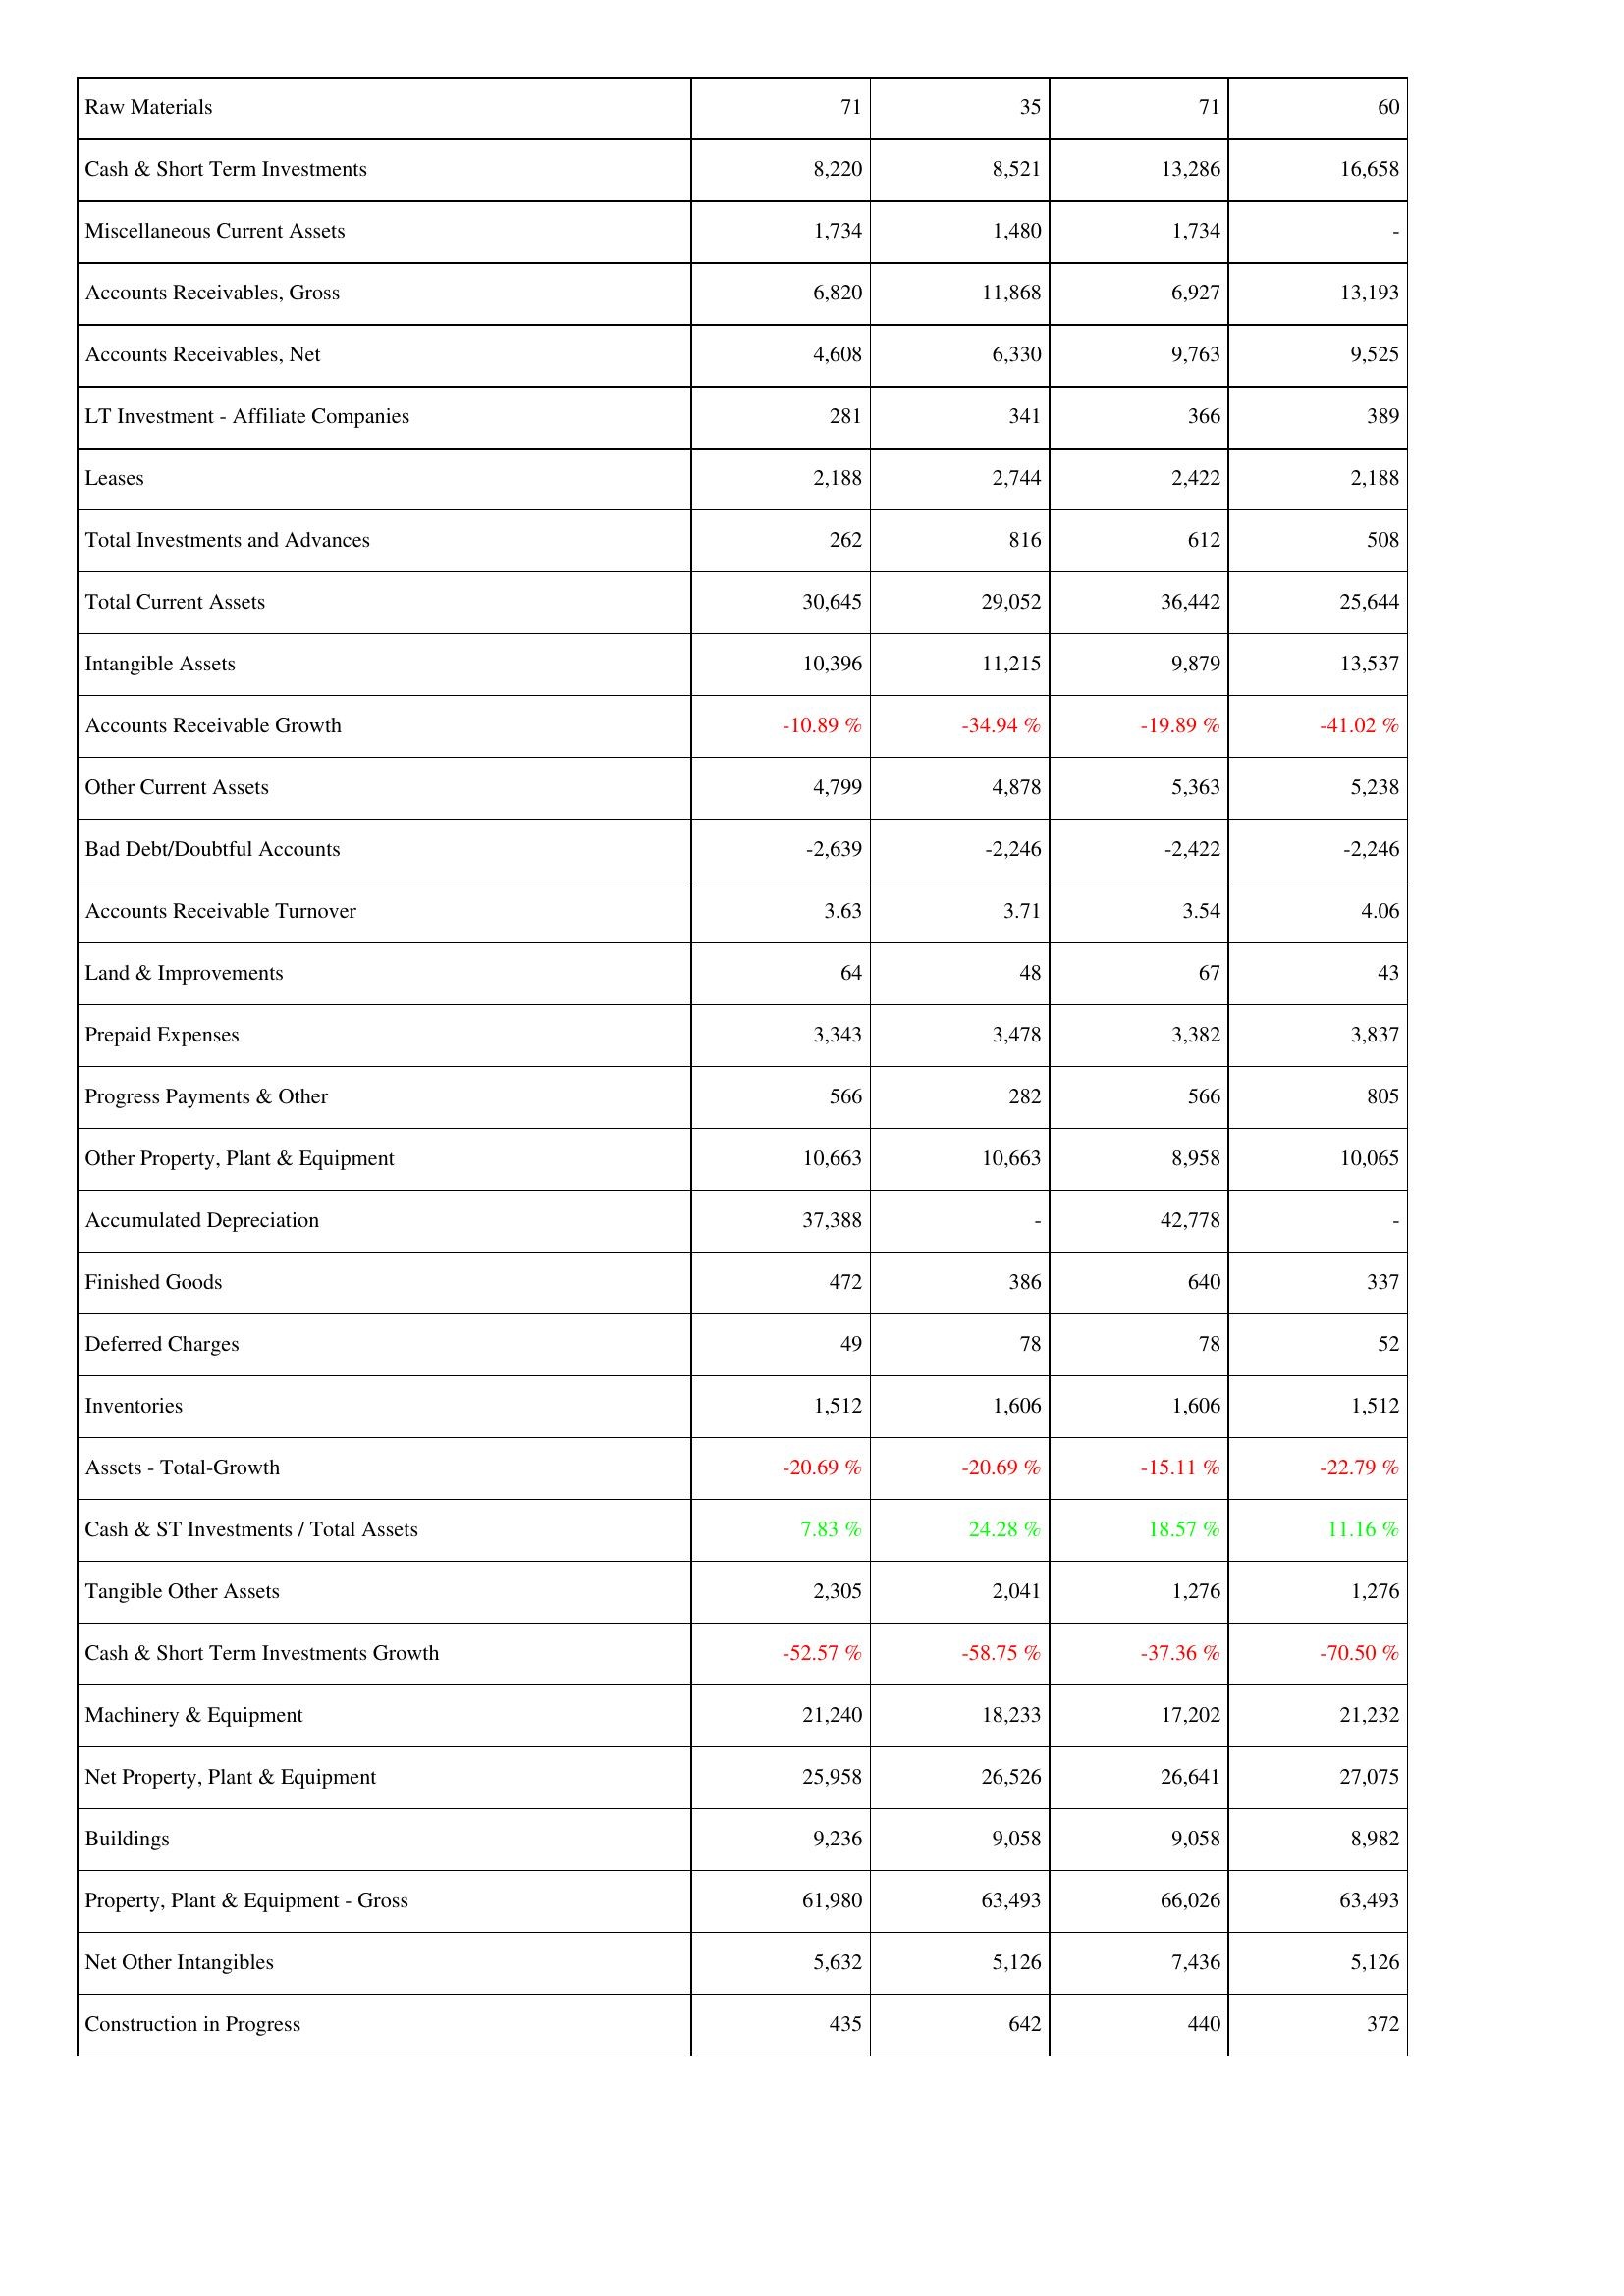
2015: Assets: Raw Materials: 71
Cash & Short Term Investments: 8,220
Miscellaneous Current Assets: 1,734
Accounts Receivables, Gross: 6,820
Accounts Receivables, Net: 4,608
LT Investment - Affiliate Companies: 281
Leases: 2,188
Total Investments and Advances: 262
Total Current Assets: 30,645
Intangible Assets: 10,396
Accounts Receivable Growth: -10.89 %
Other Current Assets: 4,799
Bad Debt/Doubtful Accounts: -2,639
Accounts Receivable Turnover: 3.63
Land & Improvements: 64
Prepaid Expenses: 3,343
Progress Payments & Other: 566
Other Property, Plant & Equipment: 10,663
Accumulated Depreciation: 37,388
Finished Goods: 472
Deferred Charges: 49
Inventories: 1,512
Assets - Total-Growth: -20.69 %
Cash & ST Investments / Total Assets: 7.83 %
Tangible Other Assets: 2,305
Cash & Short Term Investments Growth: -52.57 %
Machinery & Equipment: 21,240
Net Property, Plant & Equipment: 25,958
Buildings: 9,236
Property, Plant & Equipment - Gross: 61,980
Net Other Intangibles: 5,632
Construction in Progress: 435
2016: Assets: Raw Materials: 35
Cash & Short Term Investments: 8,521
Miscellaneous Current Assets: 1,480
Accounts Receivables, Gross: 11,868
Accounts Receivables, Net: 6,330
LT Investment - Affiliate Companies: 341
Leases: 2,744
Total Investments and Advances: 816
Total Current Assets: 29,052
Intangible Assets: 11,215
Accounts Receivable Growth: -34.94 %
Other Current Assets: 4,878
Bad Debt/Doubtful Accounts: -2,246
Accounts Receivable Turnover: 3.71
Land & Improvements: 48
Prepaid Expenses: 3,478
Progress Payments & Other: 282
Other Property, Plant & Equipment: 10,663
Accumulated Depreciation: -
Finished Goods: 386
Deferred Charges: 78
Inventories: 1,606
Assets - Total-Growth: -20.69 %
Cash & ST Investments / Total Assets: 24.28 %
Tangible Other Assets: 2,041
Cash & Short Term Investments Growth: -58.75 %
Machinery & Equipment: 18,233
Net Property, Plant & Equipment: 26,526
Buildings: 9,058
Property, Plant & Equipment - Gross: 63,493
Net Other Intangibles: 5,126
Construction in Progress: 642
2017: Assets: Raw Materials: 71
Cash & Short Term Investments: 13,286
Miscellaneous Current Assets: 1,734
Accounts Receivables, Gross: 6,927
Accounts Receivables, Net: 9,763
LT Investment - Affiliate Companies: 366
Leases: 2,422
Total Investments and Advances: 612
Total Current Assets: 36,442
Intangible Assets: 9,879
Accounts Receivable Growth: -19.89 %
Other Current Assets: 5,363
Bad Debt/Doubtful Accounts: -2,422
Accounts Receivable Turnover: 3.54
Land & Improvements: 67
Prepaid Expenses: 3,382
Progress Payments & Other: 566
Other Property, Plant & Equipment: 8,958
Accumulated Depreciation: 42,778
Finished Goods: 640
Deferred Charges: 78
Inventories: 1,606
Assets - Total-Growth: -15.11 %
Cash & ST Investments / Total Assets: 18.57 %
Tangible Other Assets: 1,276
Cash & Short Term Investments Growth: -37.36 %
Machinery & Equipment: 17,202
Net Property, Plant & Equipment: 26,641
Buildings: 9,058
Property, Plant & Equipment - Gross: 66,026
Net Other Intangibles: 7,436
Construction in Progress: 440
2018: Assets: Raw Materials: 60
Cash & Short Term Investments: 16,658
Miscellaneous Current Assets: -
Accounts Receivables, Gross: 13,193
Accounts Receivables, Net: 9,525
LT Investment - Affiliate Companies: 389
Leases: 2,188
Total Investments and Advances: 508
Total Current Assets: 25,644
Intangible Assets: 13,537
Accounts Receivable Growth: -41.02 %
Other Current Assets: 5,238
Bad Debt/Doubtful Accounts: -2,246
Accounts Receivable Turnover: 4.06
Land & Improvements: 43
Prepaid Expenses: 3,837
Progress Payments & Other: 805
Other Property, Plant & Equipment: 10,065
Accumulated Depreciation: -
Finished Goods: 337
Deferred Charges: 52
Inventories: 1,512
Assets - Total-Growth: -22.79 %
Cash & ST Investments / Total Assets: 11.16 %
Tangible Other Assets: 1,276
Cash & Short Term Investments Growth: -70.50 %
Machinery & Equipment: 21,232
Net Property, Plant & Equipment: 27,075
Buildings: 8,982
Property, Plant & Equipment - Gross: 63,493
Net Other Intangibles: 5,126
Construction in Progress: 372